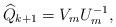
LaTeX: \begin{align*} \widehat{Q}_{k+1}=V_m U_m^{-1}, \end{align*}